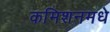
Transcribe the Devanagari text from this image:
कमिशनमधे